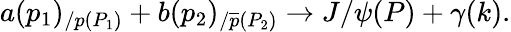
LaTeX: a(p_{1})_{/p(P_{1})}+b(p_{2})_{/\overline{{{p}}}(P_{2})}\rightarrow J/\psi(P)+\gamma(k).